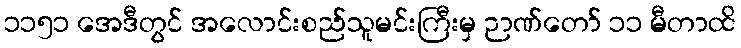
၁၁၅၁ အေဒီတွင် အလောင်းစည်သူမင်းကြီးမှ ဉာဏ်တော် ၁၁ မီတာထိ